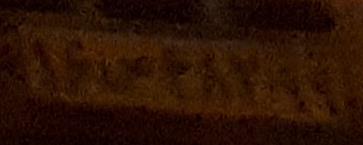
۱۶ص۴۸۲۹۹